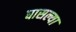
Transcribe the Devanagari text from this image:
घासल्या